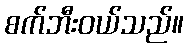
စက်ဘီးဝယ်သည်။